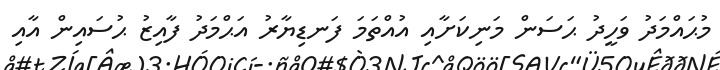
މުޙައްމަދު ވަހީދު ޙަސަން މަނިކަށާއި އުއްތަމަ ފަނޑިޔާރު އަޙްމަދު ފާއިޒު ޙުސައިން އާއި